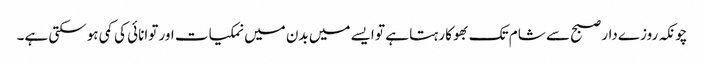
چونکہ روزےدار صبح سے شام تک بھوکا رہتا ہے تو ایسے میں بدن میں نمکیات اور توانائی کی کمی ہوسکتی ہے۔